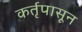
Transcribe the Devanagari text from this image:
कर्तृपासून